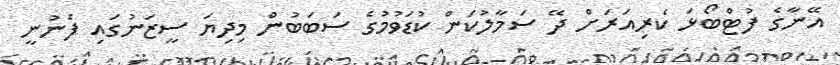
އޭނާގެ ފުޓްބޯޅަ ކެރިއަރަށް ދޭ ސަމާލުކަން ކުޑަވުމުގެ ސަބަބުން މިދިޔަ ސީޒަނުގައި ފެނުނީ